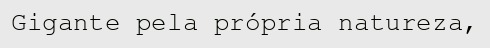
Gigante pela própria natureza,